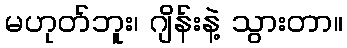
မဟုတ်ဘူး၊ ဂျိန်းနဲ့ သွားတာ။